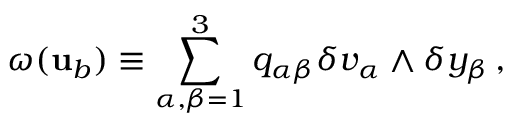
{ \omega } ( { \mathbf { u } } _ { b } ) \equiv \sum _ { \alpha , \beta = 1 } ^ { 3 } q _ { \alpha \beta } \delta { v } _ { \alpha } \wedge \delta { y } _ { \beta } \, ,